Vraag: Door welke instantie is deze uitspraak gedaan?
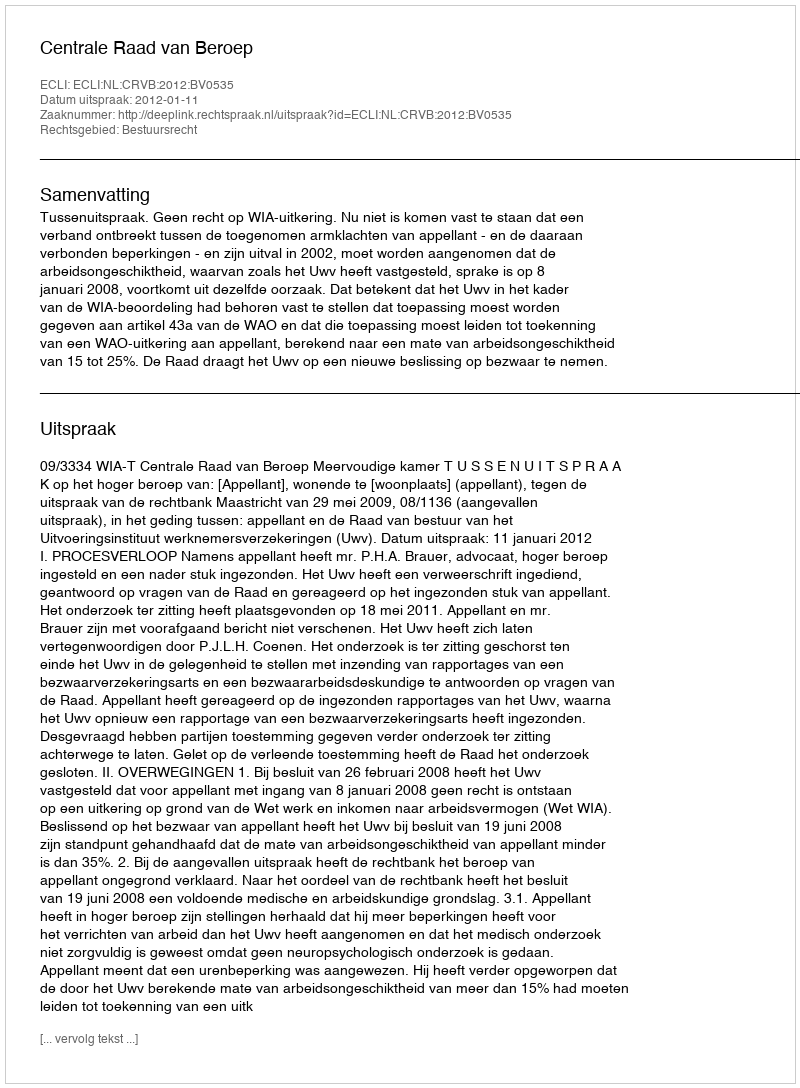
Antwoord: Centrale Raad van Beroep